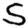
Digit: 5